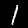
Label: 1